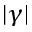
| \gamma |